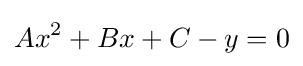
Ax^{2}+Bx+C-y=0